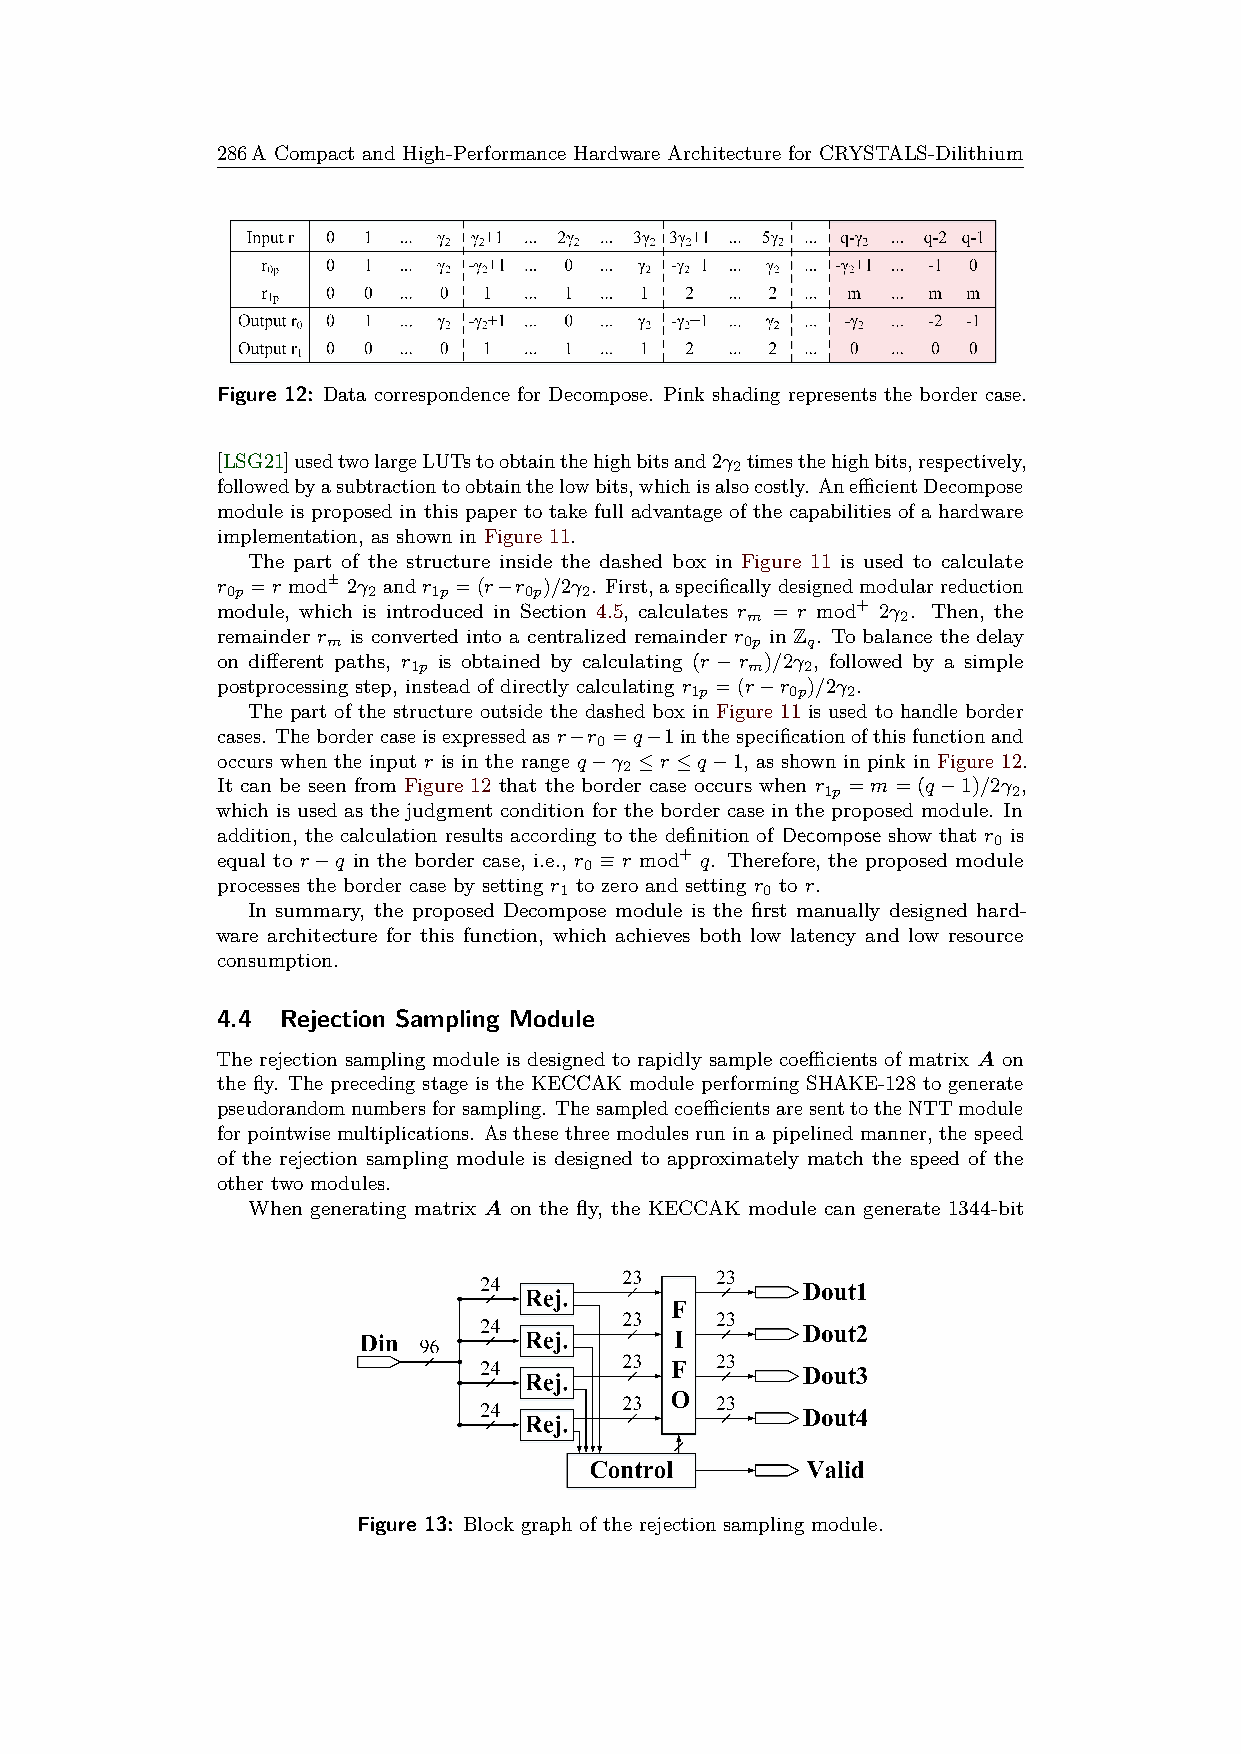
286A Compact and High-Performance Hardware Architecture for CRYSTALS-Dilithium
 Figure 12: Data correspondence for Decompose. Pink shading represents the border case.
 [LSG21]usedtwolargeLUTstoobtainthehighbitsand2γ timesthehighbits,respectively,
 2
 followedbyasubtractiontoobtainthelowbits,whichisalsocostly. AnefficientDecompose
 module is proposed in this paper to take full advantage of the capabilities of a hardware
 implementation, as shown in Figure 11.
 The part of the structure inside the dashed box in Figure 11 is used to calculate
 r  =r mod± 2γ andr =(r−r )/2γ . First,aspecificallydesignedmodularreduction
 0p       2    1p    0p  2
 module, which is introduced in Section 4.5, calculates r = r mod+ 2γ . Then, the
 m          2
 remainder r is converted into a centralized remainder r in Z . To balance the delay
 m                          0p  q
 on different paths, r is obtained by calculating (r −r )/2γ , followed by a simple
 1p                     m  2
 postprocessing step, instead of directly calculating r =(r−r )/2γ .
 1p    0p  2
 The part of the structure outside the dashed box in Figure 11 is used to handle border
 cases. Thebordercaseisexpressedasr−r =q−1inthespecificationofthisfunctionand
 0
 occurs when the input r is in the range q−γ ≤r ≤q−1, as shown in pink in Figure 12.
 2
 It can be seen from Figure 12 that the border case occurs when r =m=(q−1)/2γ ,
 1p          2
 which is used as the judgment condition for the border case in the proposed module. In
 addition, the calculation results according to the definition of Decompose show that r is
 0
 equal to r−q in the border case, i.e., r ≡ r mod+ q. Therefore, the proposed module
 0
 processes the border case by setting r to zero and setting r to r.
 1            0
 In summary, the proposed Decompose module is the first manually designed hard-
 ware architecture for this function, which achieves both low latency and low resource
 consumption.
 4.4  Rejection Sampling Module
 The rejection sampling module is designed to rapidly sample coefficients of matrix A on
 the fly. The preceding stage is the KECCAK module performing SHAKE-128 to generate
 pseudorandomnumbersforsampling. ThesampledcoefficientsaresenttotheNTTmodule
 for pointwise multiplications. As these three modules run in a pipelined manner, the speed
 of the rejection sampling module is designed to approximately match the speed of the
 other two modules.
 When generating matrix A on the fly, the KECCAK module can generate 1344-bit
 Figure 13: Block graph of the rejection sampling module.